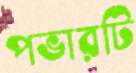
পভারটি